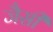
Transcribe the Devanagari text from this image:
जैसीं